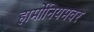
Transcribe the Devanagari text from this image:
हार्मोनियमवर